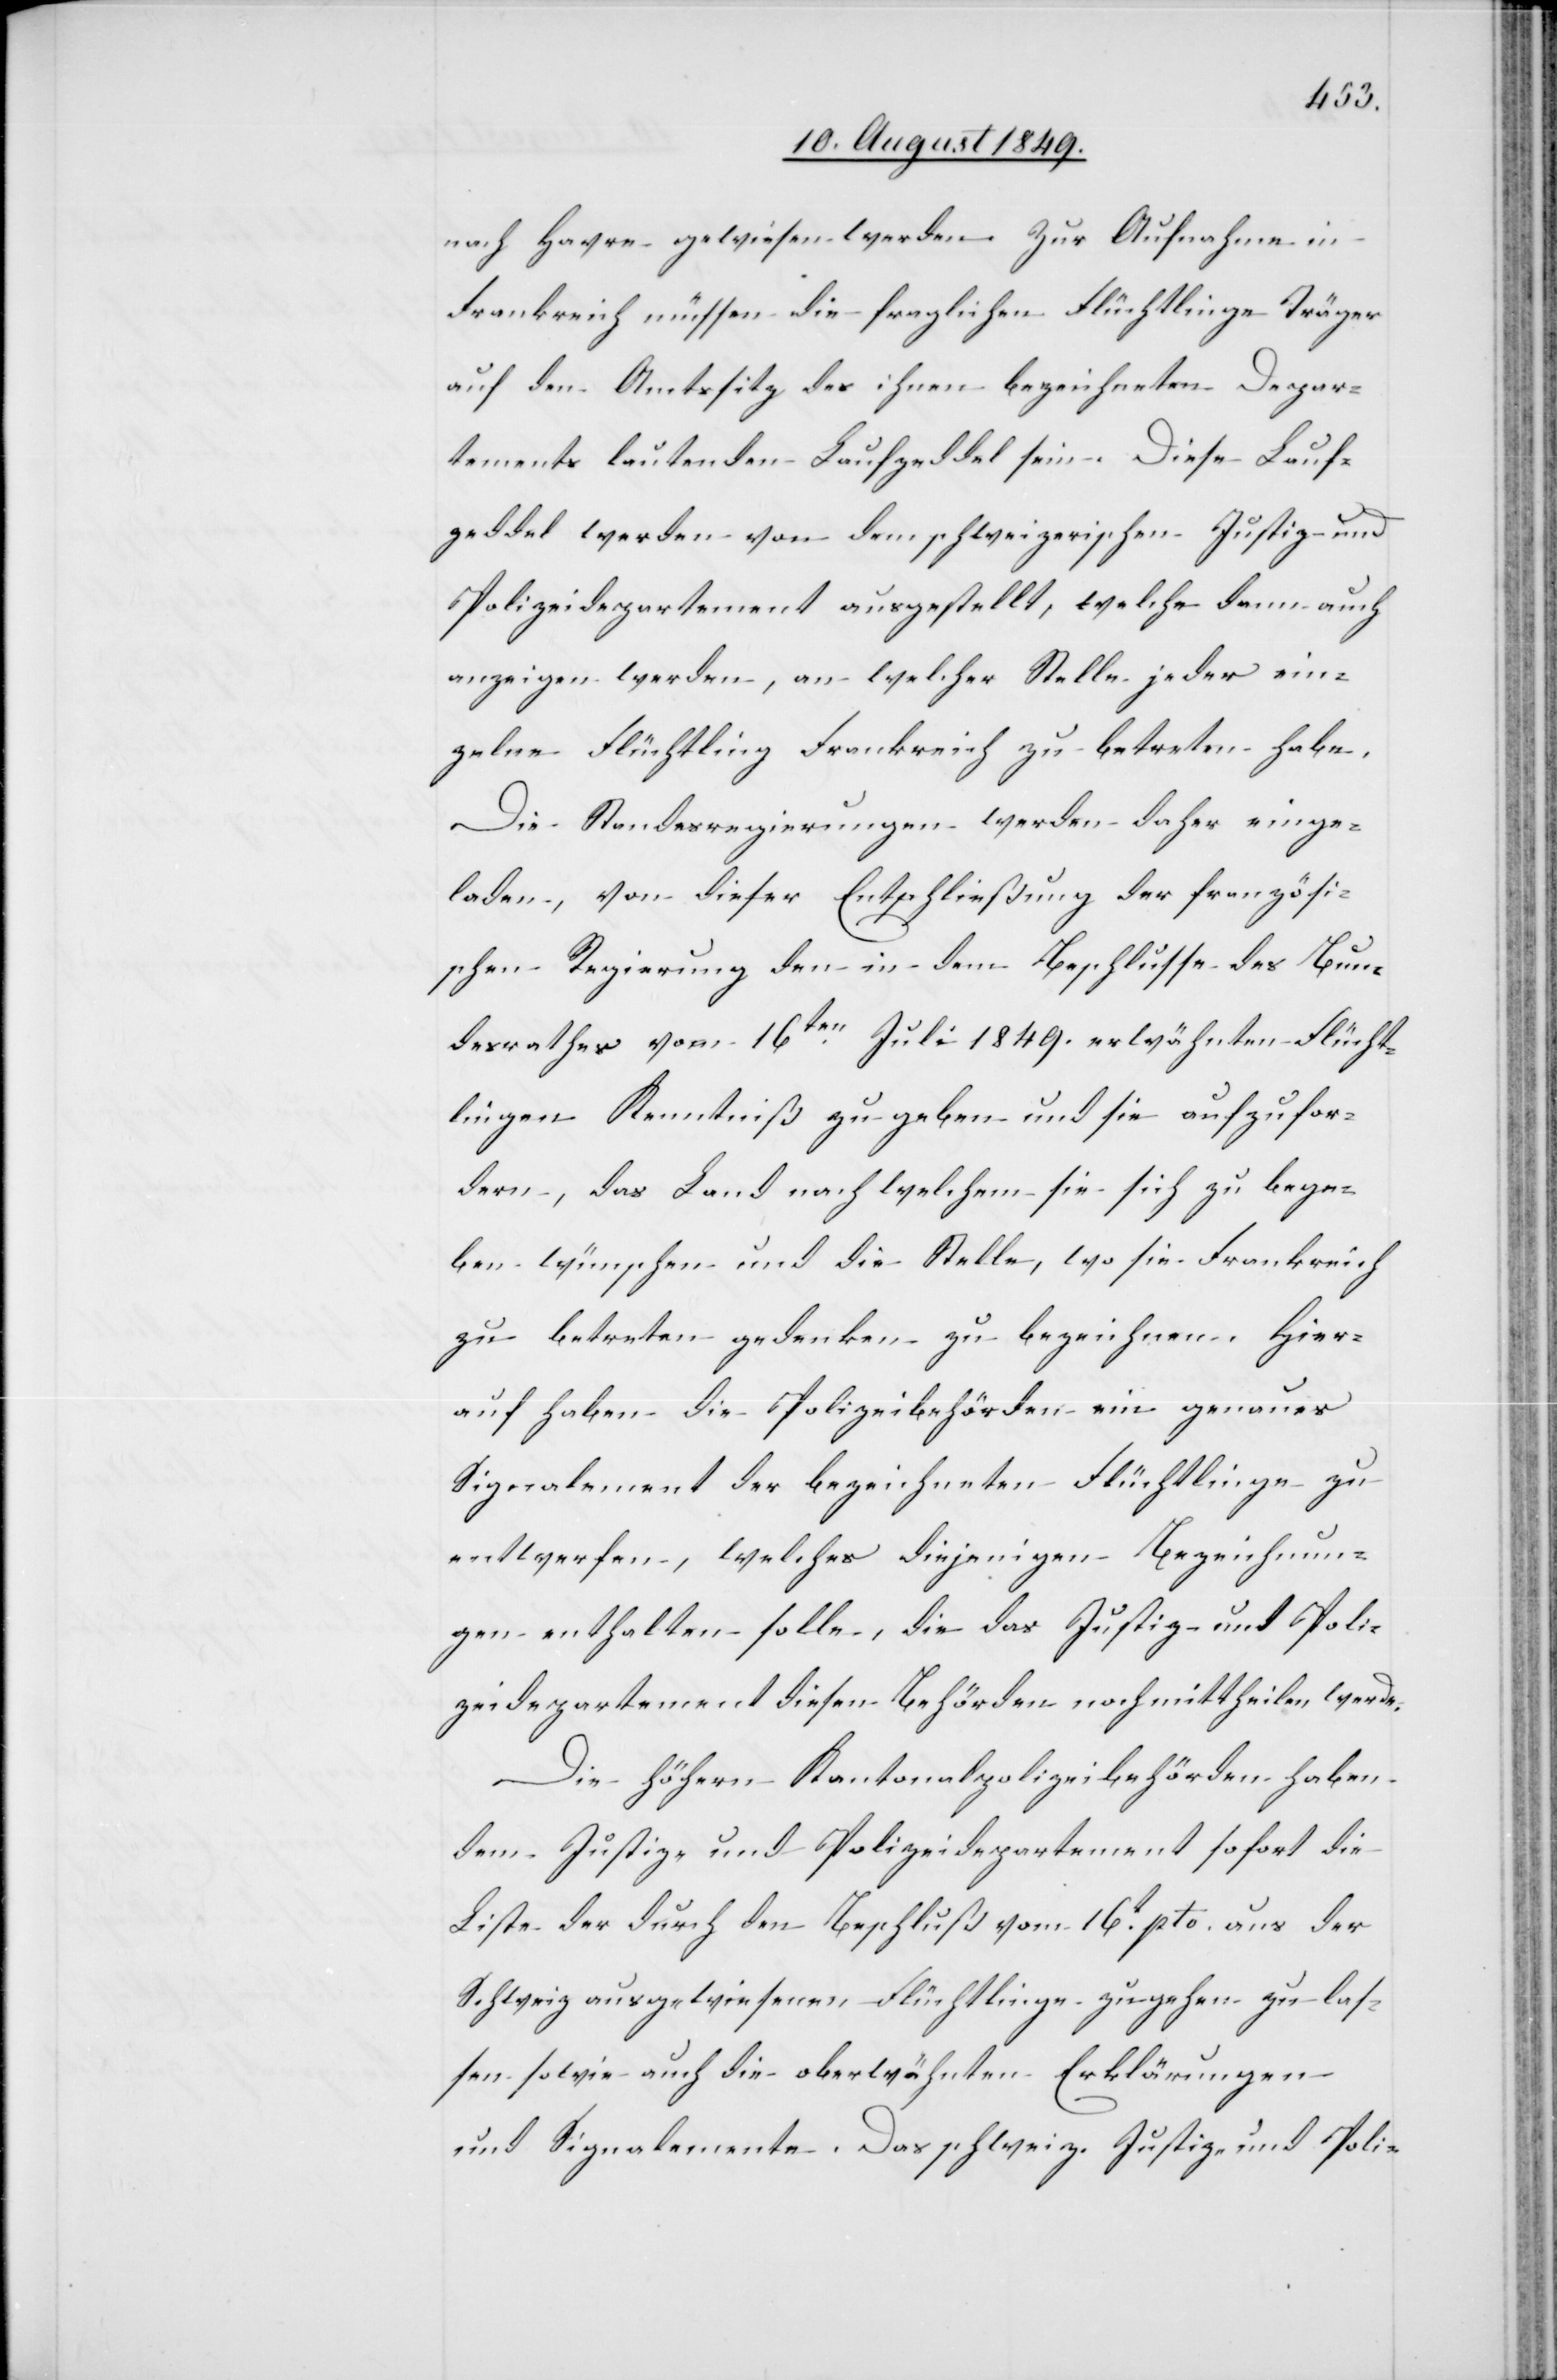
nach Havre gewiesen werden. Zur Aufnahme in
Frankreich müssen die fraglichen Flüchtlinge Träger
auf den Amtssitz des ihnen bezeichneten Depar¬
tements lautenden Laufzeddel sein. Diese Lauf¬
zeddel werden von dem schweizerischen Justiz- und
Polizeidepartement ausgestellt, welche dann auch
anzeigen werden, an welcher Stelle jeder ein¬
zelne Flüchtling Frankreich zu betreten habe.
Die Standesregierungen werden daher einge¬
laden, von dieser Entschließung der französi¬
schen Regierung den in dem Beschlusse des Bun¬
desrathes vom 16ten Juli 1849. erwähnten Flücht¬
lingen Kenntniß zu geben und sie aufzufor¬
dern, das Land nach welchem sie sich zu bege¬
ben wünschen und die Stelle, wo sie Frankreich
zu betreten gedenken zu bezeichnen. Hier¬
auf haben die Polizeibehörden ein genaues
Signalement der bezeichneten Flüchtlinge zu
entwerfen, welches diejenigen Bezeichnun¬
gen enthalten solle, die das Justiz- und Poli¬
zeidepartement diesen Behörden noch mittheilen werde.
Die höhern Kantonalpolizeibehörden haben
dem Justiz- und Polizeidepartement sofort die
Liste der durch den Beschluß vom 16t pto. aus der
Schweiz ausgewiesenen Flüchtlinge zugehen zu las¬
sen sowie auch die oberwähnten Erklärungen
und Signalemente. Das schweiz. Justiz- und Poli-